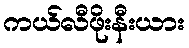
ကယ်လီဖိုးနီးယား